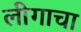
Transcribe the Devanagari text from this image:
लीगाचा